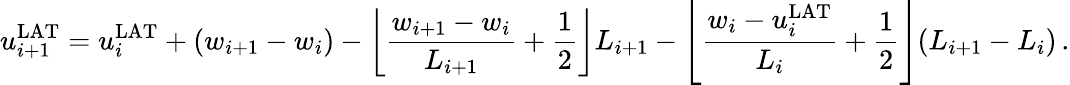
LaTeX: u_{i+1}^{\mathrm{LAT}}=u_{i}^{\mathrm{LAT}}+(w_{i+1}-w_{i})-\left\lfloor\frac{w_{i+1}-w_{i}}{L_{i+1}}+\frac{1}{2}\right\rfloor L_{i+1}-\left\lfloor\frac{w_{i}-u_{i}^{\mathrm{LAT}}}{L_{i}}+\frac{1}{2}\right\rfloor(L_{i+1}-L_{i})\, .